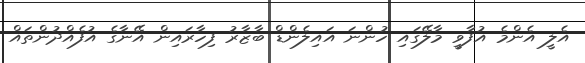
އެލީ އެންމެ އުފާވީ މާލޭގައި ހުންނަ އައިލެންޑް ބާޒާރު ފިހާރައިން އޭނާގެ އުފެއްދުންތައް